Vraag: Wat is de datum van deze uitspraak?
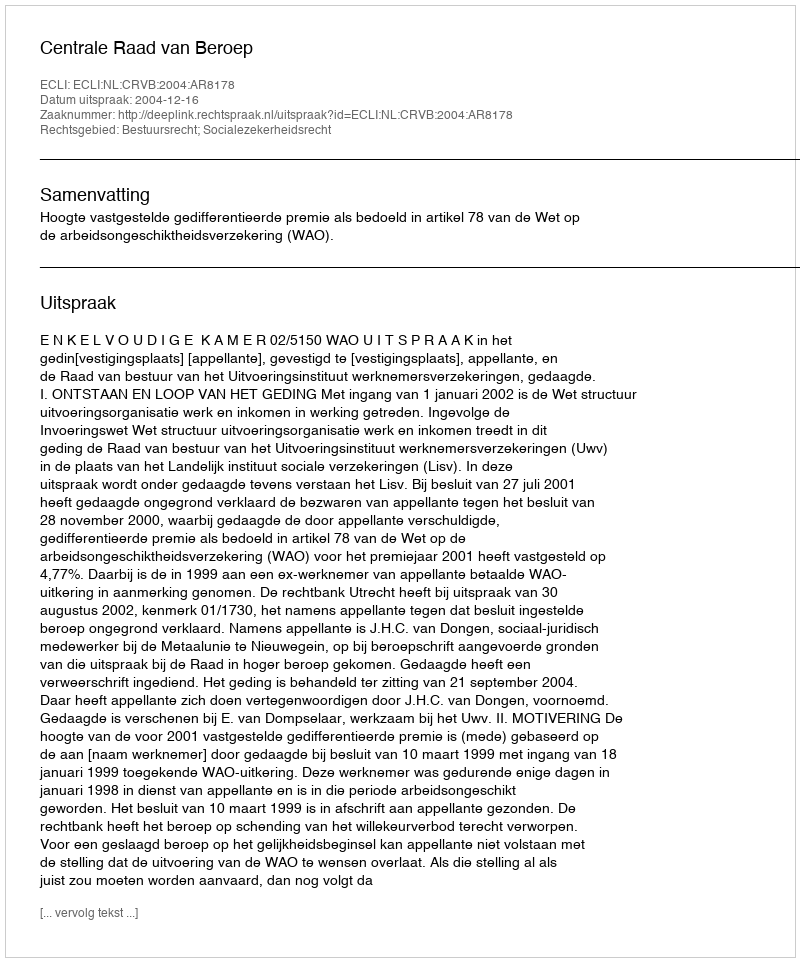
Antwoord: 2004-12-16